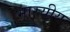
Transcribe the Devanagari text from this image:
भारयीय